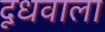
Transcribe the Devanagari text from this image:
दूधवाला